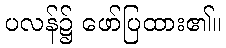
ပလန်၌ ဖော်ပြထား၏။